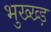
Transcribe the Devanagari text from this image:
भुख्ख्ड़